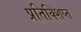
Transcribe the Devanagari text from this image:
प्रतिक्शिप्त